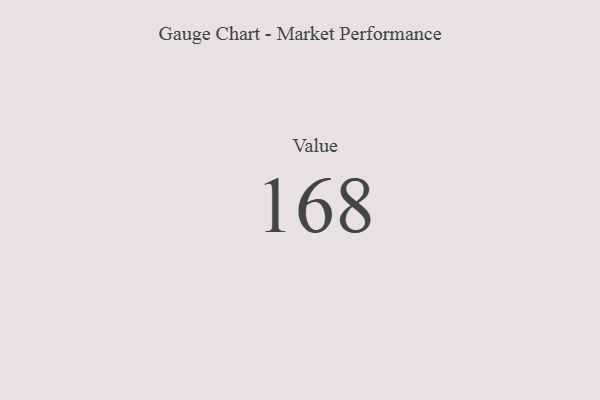
{"axis": {"x": "Metric", "y": "Value"}, "legend": [""], "data": [{"x": "Value", "y": 168, "type": ""}]}